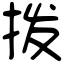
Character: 拨